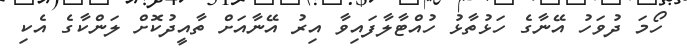
ހޯމަ ދުވަހު އޭނާގެ ހަޅުތާޅު ހުއްޓާލާފައިވާ އިރު އޭނާއަށް ތާއީދުކޮށް ލަންކާގެ އެކި